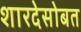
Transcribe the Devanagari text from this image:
शारदेसोबत